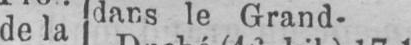
de la dans le Grand-